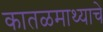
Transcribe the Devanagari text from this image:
कातळमाथ्याचे